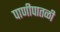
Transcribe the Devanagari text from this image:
पाणीपातळी